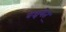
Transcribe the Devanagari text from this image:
वञ्चयेत्